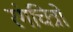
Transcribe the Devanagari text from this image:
रंगचित्रों